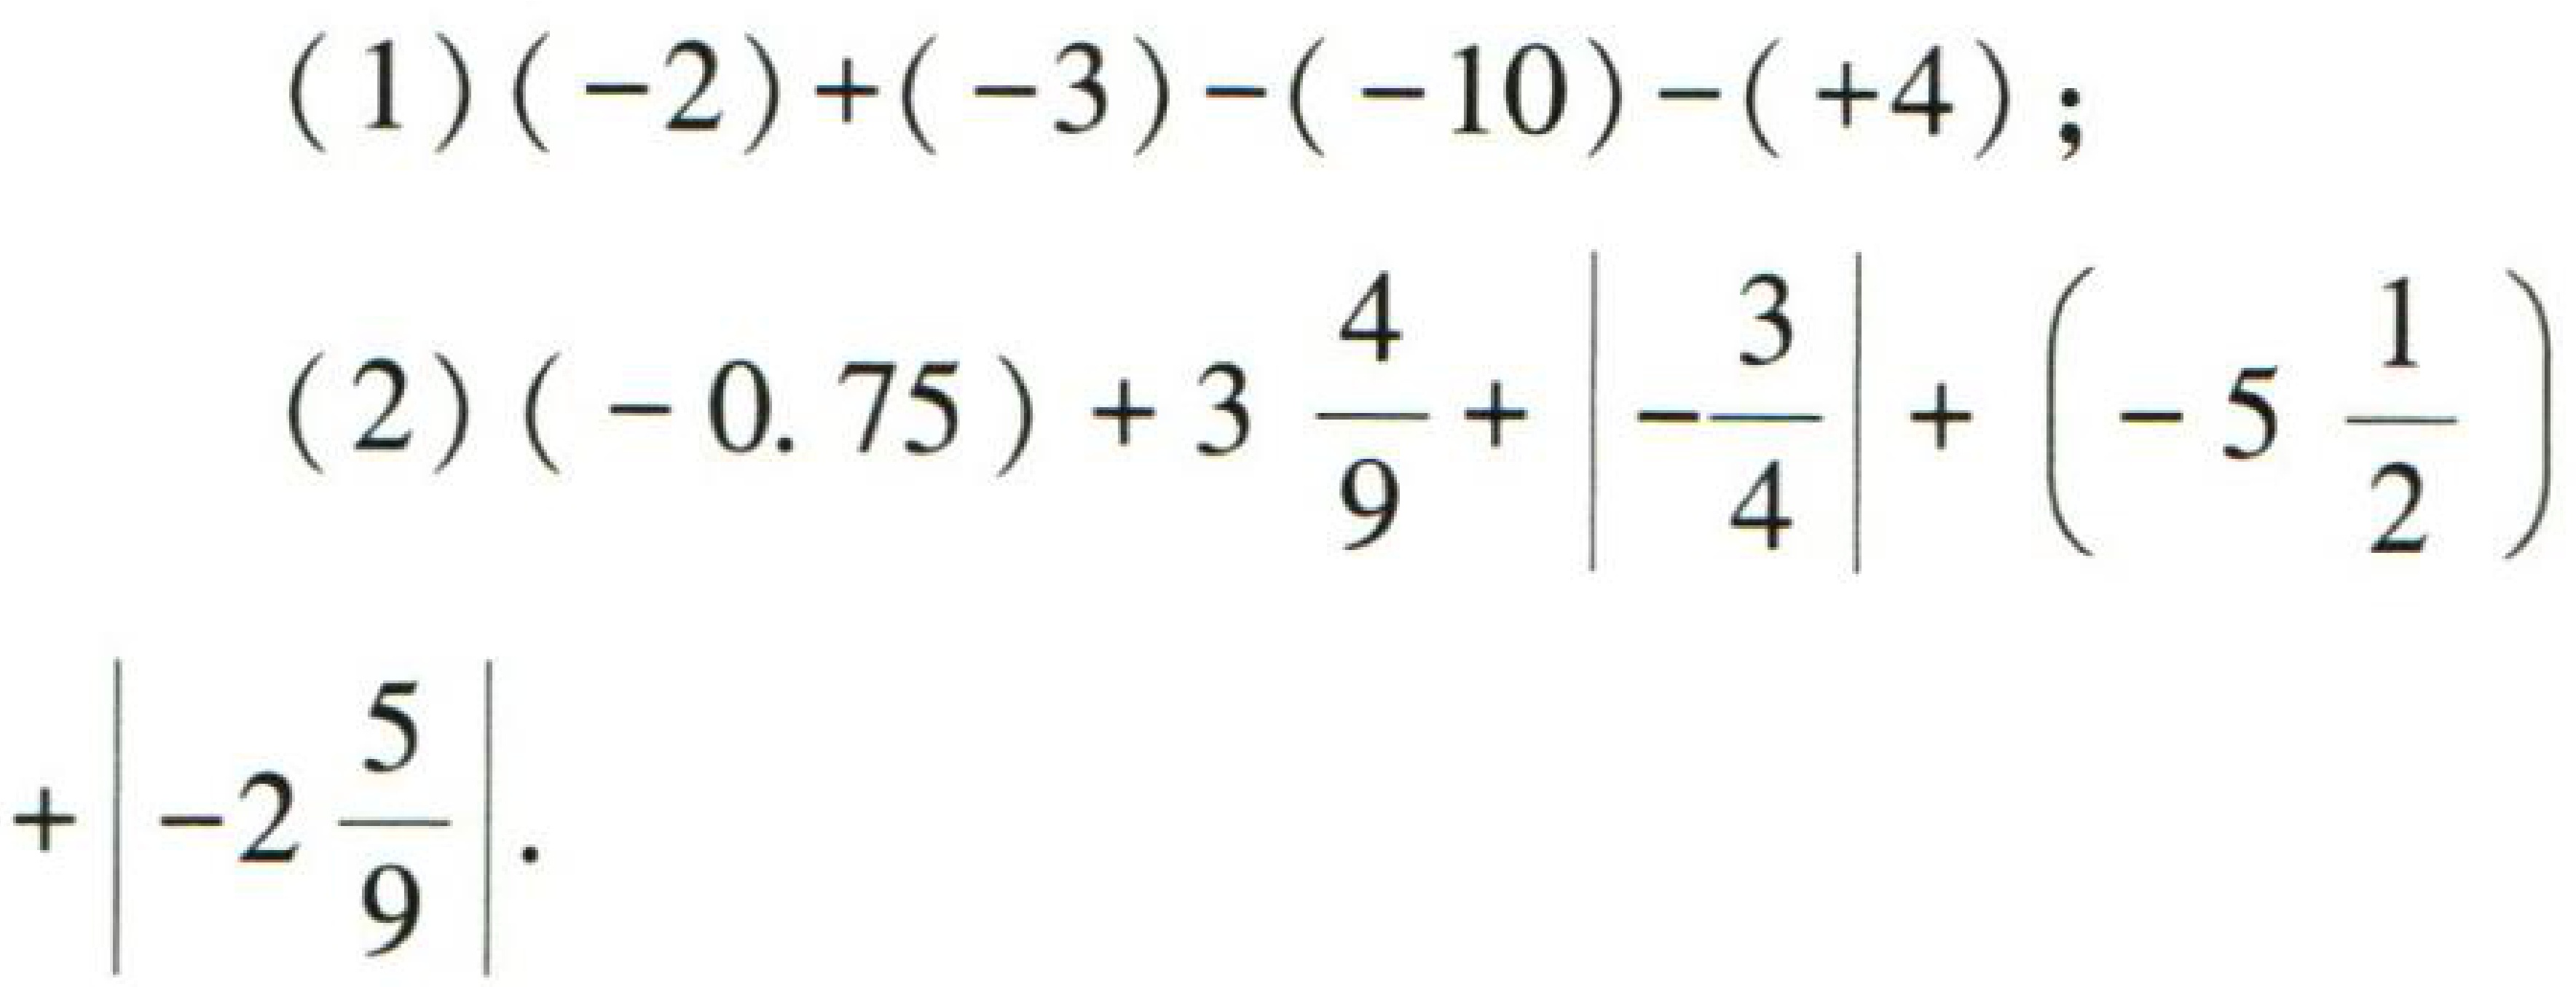
(1) \((-2)+(-3)-(-10)-(+4)\);
(2) \((-0.75)+3\frac{4}{9}+\left|-\frac{3}{4}\right|+\left(-5\frac{1}{2}\right)+\left|-2\frac{5}{9}\right|\)